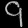
Digit: ၄